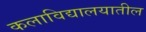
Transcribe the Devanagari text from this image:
कलाविद्यालयातील